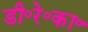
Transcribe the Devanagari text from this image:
डी॰रे॰का॰